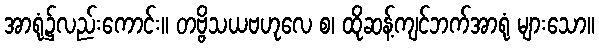
အာရုံ၌လည်းကောင်း။ တဗ္ဗိသယဗဟုလေ စ၊ ထိုဆန့်ကျင်ဘက်အာရုံ များသော။